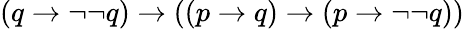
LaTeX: (q\to\neg\neg q)\to((p\to q)\to(p\to\neg\neg q))